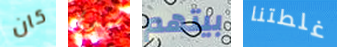
كان سيدي بيتهم غلطتنا